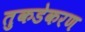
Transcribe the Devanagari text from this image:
तुकडेकरण